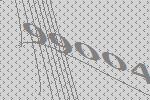
99004